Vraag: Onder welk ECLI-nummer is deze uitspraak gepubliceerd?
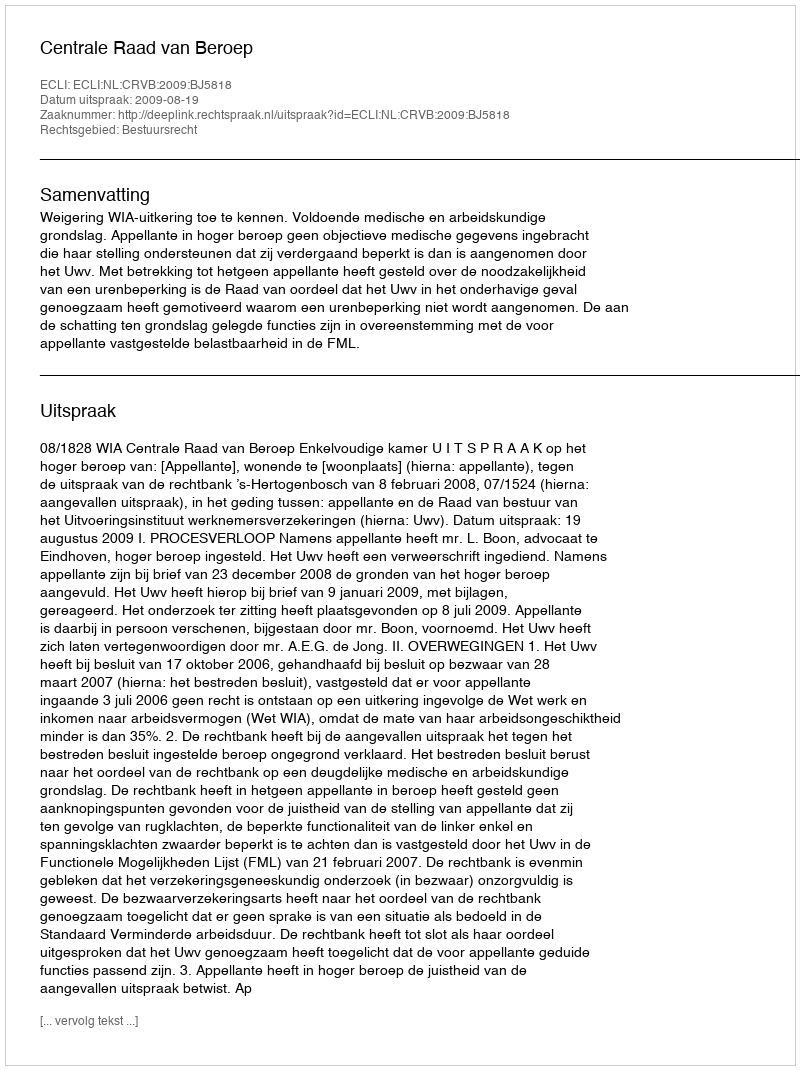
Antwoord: ECLI:NL:CRVB:2009:BJ5818